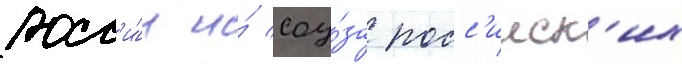
росс'и́и и́ соу́за росс'ииск'их